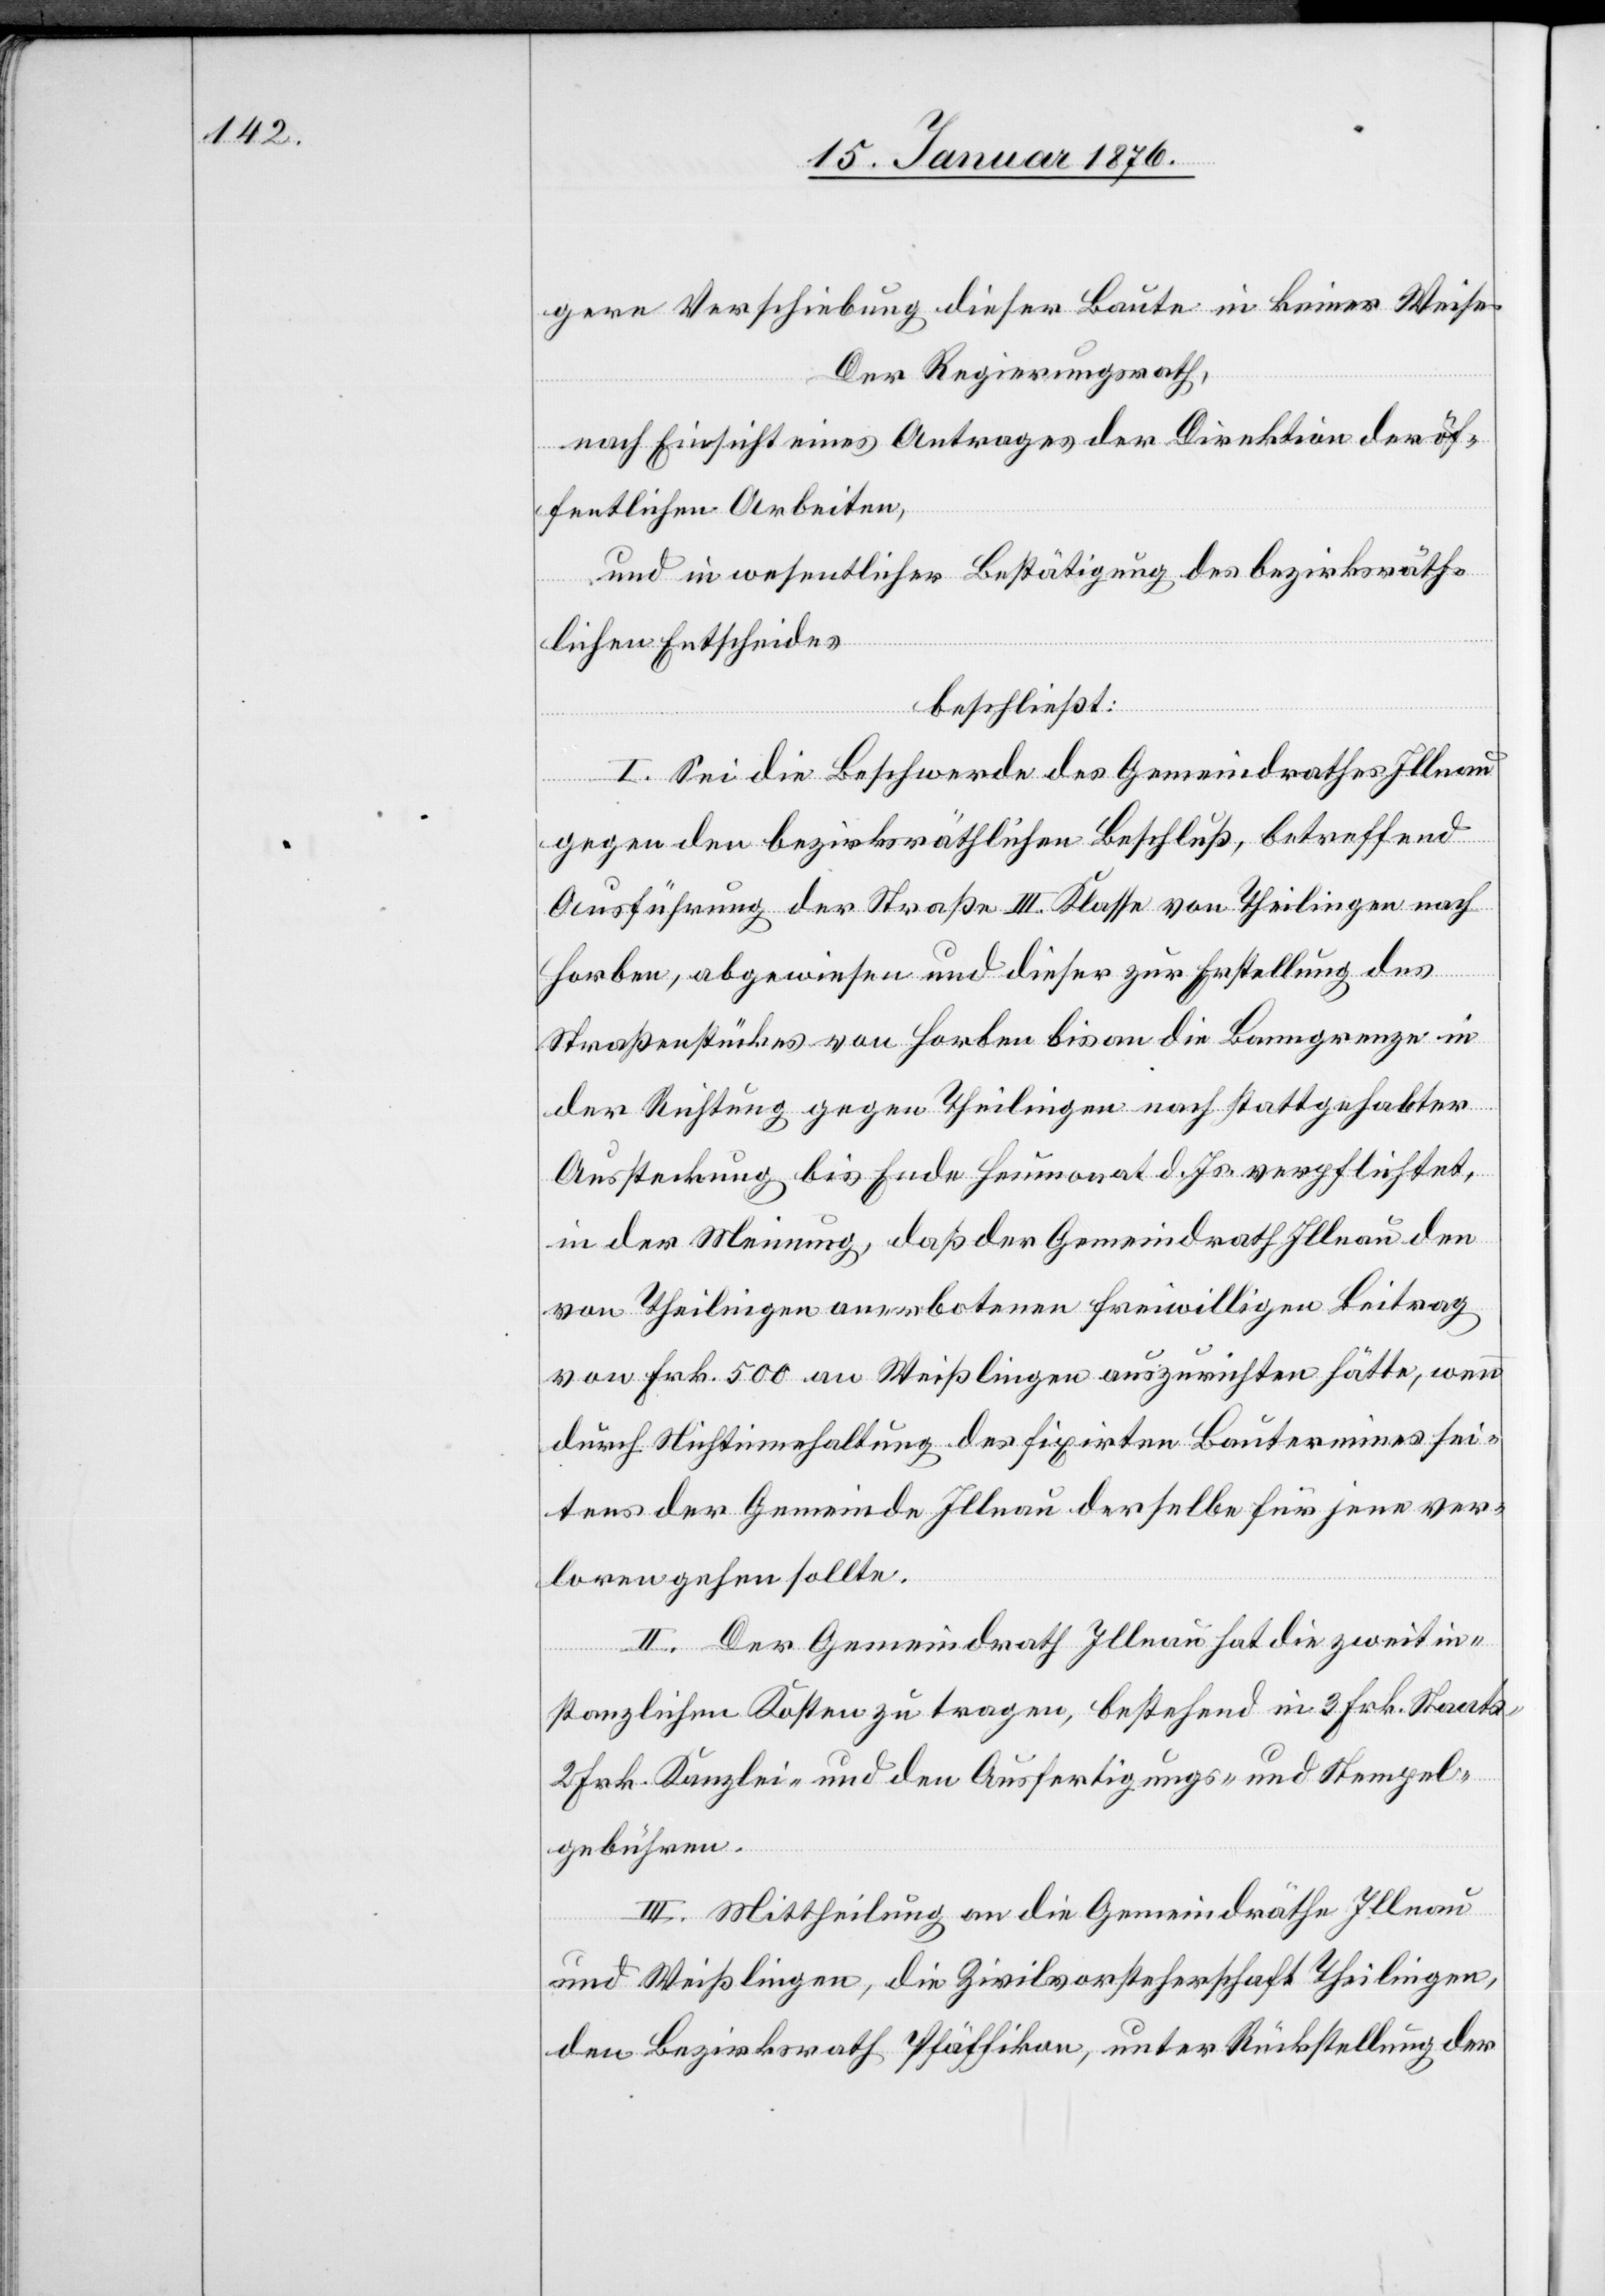
gere Verschiebung dieser Baute in keiner Weise.
Der Regierungsrath,
nach Einsicht eines Antrages der Direktion der öf¬
fentlichen Arbeiten,
und in wesentlicher Bestätigung des bezirksräth¬
lichen Entscheides
beschließt:
I. Sei die Beschwerde des Gemeindrathes Illnau
gegen den bezirksräthlichen Beschluß, betreffend
Ausführung der Straße III. Klasse von Theilingen nach
Horben, abgewiesen und dieser zur Erstellung des
Straßenstückes von Horben bis an die Banngrenze in
der Richtung gegen Theilingen nach stattgehabter
Aussteckung bis Ende Heumonat d. Js. verpflichtet,
in der Meinung, daß der Gemeindrath Illnau den
von Theilingen anerbotenen freiwilligen Beitrag
von Frk. 500 an Weißlingen auszurichten hätte, wenn
durch Nichteinhaltung des fixirten Bautermines sei¬
tens der Gemeinde Illnau derselbe für jene ver¬
loren gehen sollte.
II. Der Gemeindrath Illnau hat die zweitin¬
stanzlichen Kosten zu tragen, bestehend in 3 Frk. Staats-[,]
Frk. Kanzlei- und den Ausfertigungs- und Stempel¬
gebühren.
III. Mittheilung an die Gemeindräthe Illnau
und Weißlingen, die Zivilvorsteherschaft Theilingen,
den Bezirksrath Pfäffikon, unter Rückstellung der